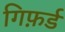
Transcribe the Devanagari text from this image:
गिफ़र्ड